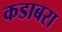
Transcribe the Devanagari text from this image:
कडाबरा